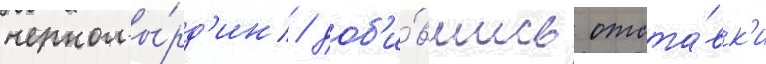
черномы́рд'ин / доб'и́вшись отста́вк'и